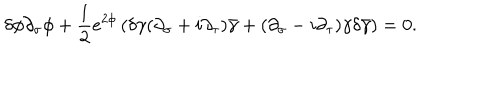
\delta \phi \partial _ { \sigma } \phi + \frac { 1 } { 2 } e ^ { 2 \phi } \left( \delta \gamma ( \partial _ { \sigma } + i \partial _ { \tau } ) \bar { \gamma } + ( \partial _ { \sigma } - i \partial _ { \tau } ) \gamma \delta \bar { \gamma } \right) = 0 .